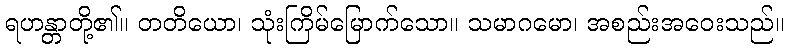
ရဟန္တာတို့၏။ တတိယော၊ သုံးကြိမ်မြောက်သော။ သမာဂမော၊ အစည်းအဝေးသည်။